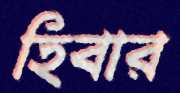
হিবার